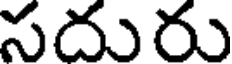
సదురు